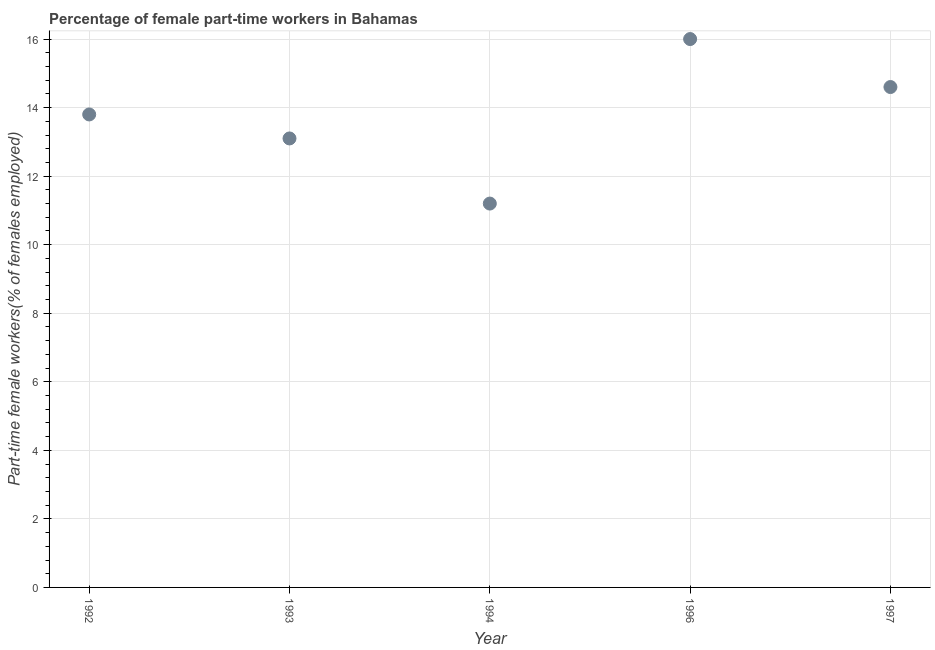
| Year | Part time employment |
 | --- | --- |
 | 1992 | 13.8 |
 | 1993 | 13.1 |
 | 1994 | 11.2 |
 | 1996 | 16 |
 | 1997 | 14.6 |